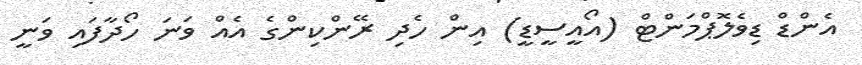
އެންޑް ޑިވެލޮޕްމަންޓް (އޯއީސީޑީ) އިން ހެދި ރޭންކިންގެ އެއް ވަނަ ހޯދާފައި ވަނީ